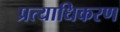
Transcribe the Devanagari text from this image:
प्रत्याधिकरण